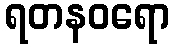
ရတနဝရော